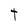
Character: t